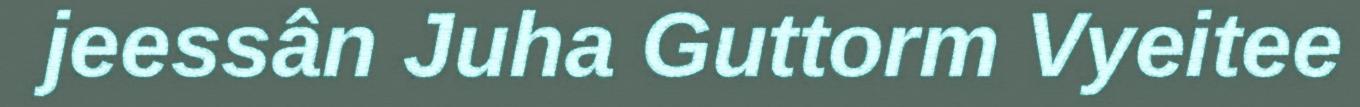
jeessân Juha Guttorm Vyeitee